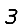
Digit: 3